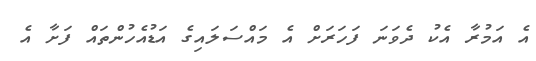
އެ އަމުރާ އެކު ދެވަނަ ފަހަރަށް އެ މައްސަލައިގެ އަޑުއެހުންތައް ފަށާ އެ